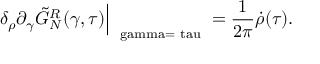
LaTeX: { \delta _ { \rho } } { \partial _ { \gamma } } { \tilde { G } _ { N } ^ { R } } ( \gamma , \tau ) { \Big | _ { \mathrm { \scriptsize ~ \ g a m m a = \ t a u ~ } } } = { \frac { 1 } { 2 \pi } } \dot { \rho } ( \tau ) .